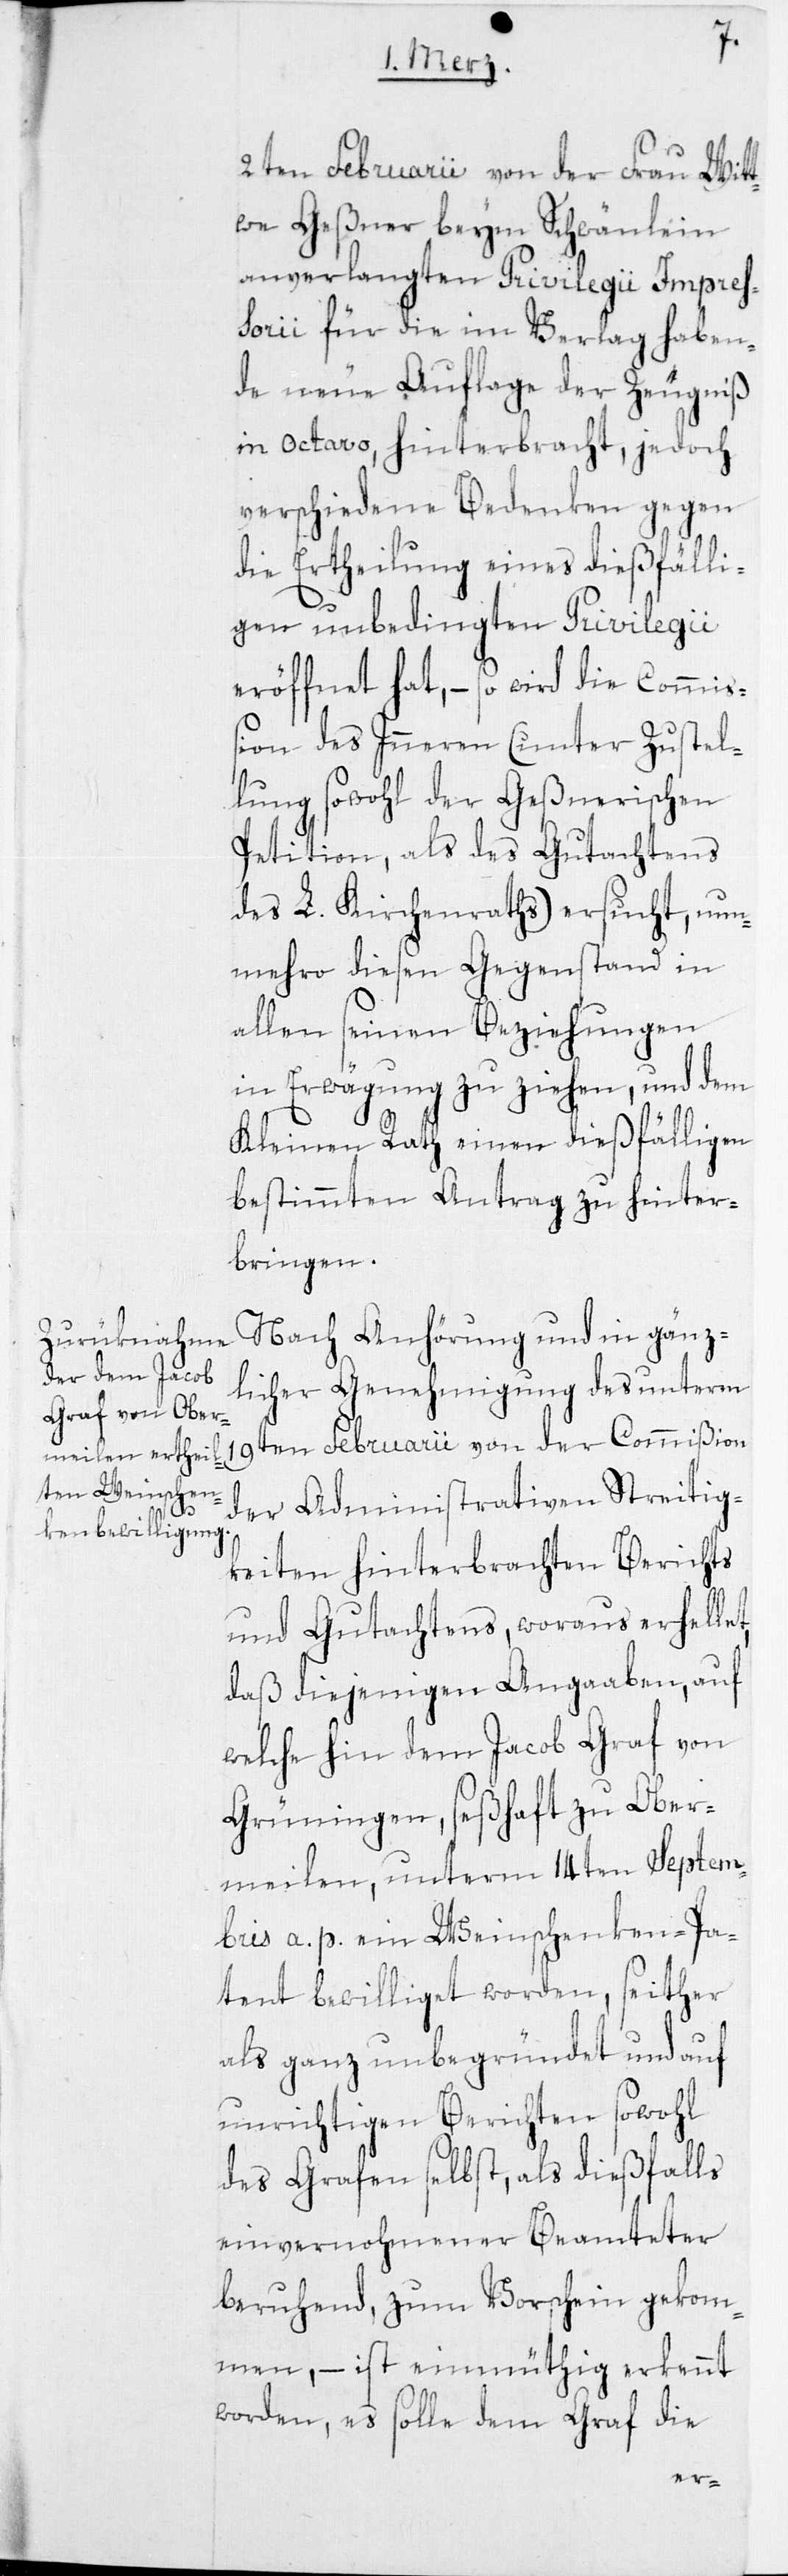
2ten Februarii von der Frau Witt¬
we Geßner beym Schwänlein
anverlangten Privilegii Impres¬
sorii für die im Verlag haben¬
de neue Auflage der Zeugniß
in octavo hinterbracht, jedoch
verschiedene Bedenken gegen
die Ertheilung eines dießfälli¬
gen unbedingten Privilegii
eröffnet hat, – so wird die Commi¬
ßion des Inneren (unter Zustel¬
lung sowohl der Geßnerischen
Petition, als des Gutachtens
des L. Kirchenraths) ersucht, nun¬
mehro diesen Gegenstand in
allen seinen Beziehungen
in Erwägung zu ziehen, und dem
Kleinen Rath einen dießfälligen
bestimmten Antrag zu hinter¬
bringen.
Nach Anhörung und in gänz¬
licher Genehmigung des unterm
en Februarii von der Commißion
der Administrativen Streitig¬
19t¬
keiten hinterbrachten Berichts
und Gutachtens, woraus erhellet,
daß diejenigen Angaaben, auf
welche hin dem Jacob Graf von
Grüningen, seßhaft zu Ober¬
meilen, unterm 14ten Septem¬
bris a. p. ein Weinschenken-Pa¬
tent bewilliget worden, seither
als ganz unbegründet und auf
unrichtigen Berichten sowohl
des Grafen selbst, als dießfalls
einvernohmener Beamteter
beruhend, zum Vorschein gekom¬
men, – ist einmüthig erkennt
worden, es solle dem Graf die